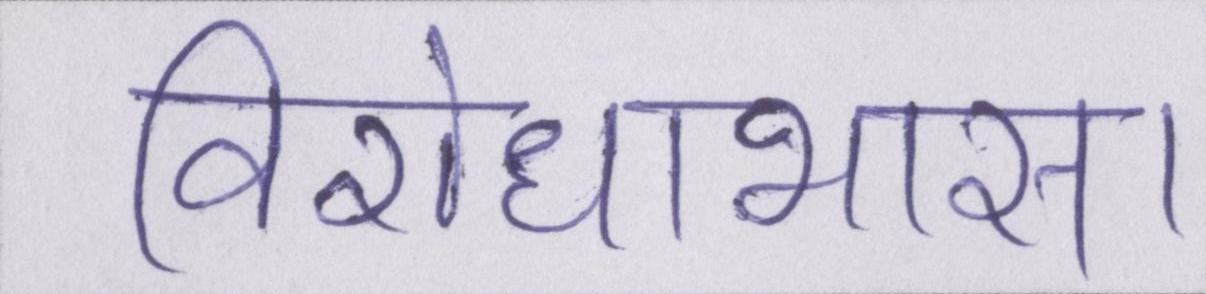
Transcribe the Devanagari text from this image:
विरोधाभास।